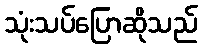
သုံးသပ်ပြောဆိုသည်